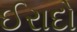
ઈરાદો